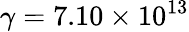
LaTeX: \gamma=7.10\times 10^{13}